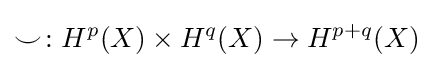
\smile \colon H^{p}(X)\times H^{q}(X)\to H^{p+q}(X)